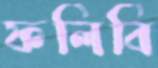
ফলিবি